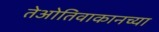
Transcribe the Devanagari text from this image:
तेओतिवाकानच्या